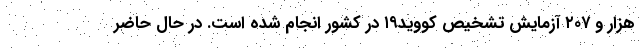
هزار و ۲۰۷ آزمایش تشخیص کووید۱۹ در کشور انجام شده است. در حال حاضر